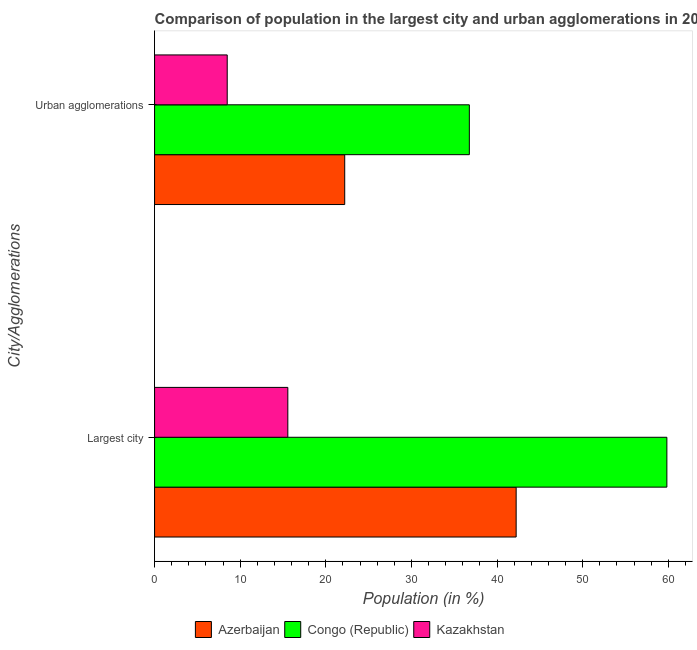
| City/Agglomerations | Azerbaijan | Congo (Republic) | Kazakhstan |
 | --- | --- | --- | --- |
 | Largest city | 42.2 | 59.8 | 15.6 |
 | Urban agglomerations | 22.2 | 36.8 | 8.48 |